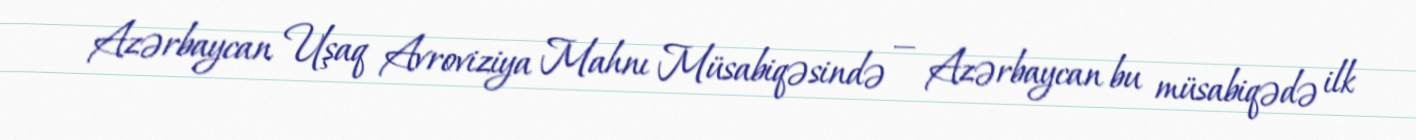
Azərbaycan Uşaq Avroviziya Mahnı Müsabiqəsində — Azərbaycan bu müsabiqədə ilk